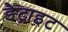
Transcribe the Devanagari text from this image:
डैट्राइट